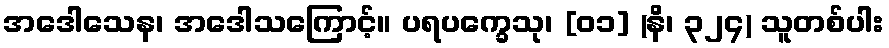
အဒေါသေန၊ အဒေါသကြောင့်။ ပရပက္ခေသု၊ [၀၁] (နိ၊ ၃၂၄) သူတစ်ပါး